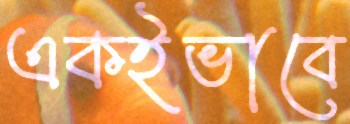
একইভাবে